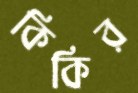
কিকির